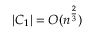
| C _ { 1 } | = O ( n ^ { \frac { 2 } { 3 } } )